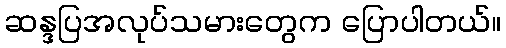
ဆန္ဒပြအလုပ်သမားတွေက ပြောပါတယ်။